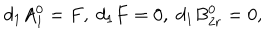
d _ { 1 } A _ { 1 } ^ { 0 } = F , \; d _ { 1 } F = 0 , \; d _ { 1 } B _ { 2 r } ^ { 0 } = 0 ,